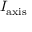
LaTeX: I _ { \mathrm { a x i s } }